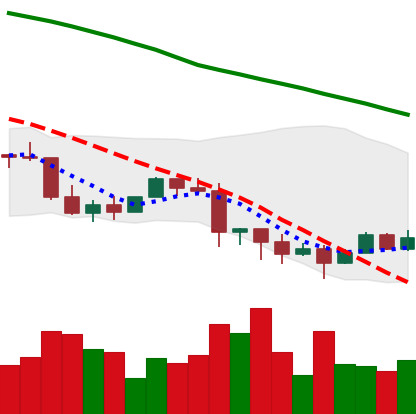
Ticker: EOS-USD
Chart end date: 2022-01-14
Forward return: -4.14%
Label: down_3_5